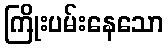
ကြိုးပမ်းနေသော